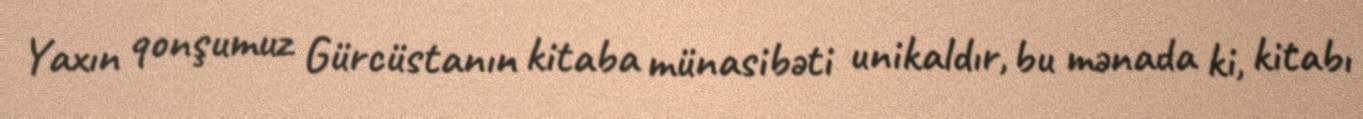
Yaxın qonşumuz Gürcüstanın kitaba münasibəti unikaldır, bu mənada ki, kitabı